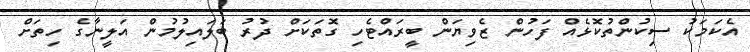
އެކަމަކު ސިކުންތުކޮޅެއް ފަހުން ޒެވިޔަން ބީރައްޓެހި ގޮތަކަށް ދުރު ބަލައިލުމުން އަލީނާގެ ހިތަށް